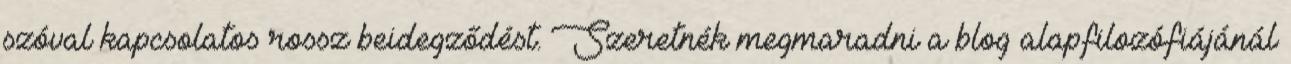
szóval kapcsolatos rossz beidegződést. Szeretnék megmaradni a blog alapfilozófiájánál